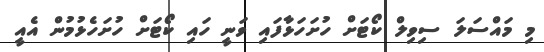
މި މައްސަލަ ސިވިލް ކޯޓަށް ހުށަހަޅާފައި ވަނީ ހައި ކޯޓަށް ހުށަހެޅުމުން އެއީ